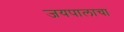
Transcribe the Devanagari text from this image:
जयपालाचा